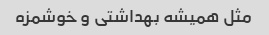
مثل همیشه بهداشتی و خوشمزه